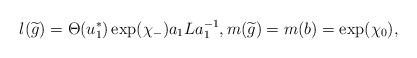
LaTeX: \begin{align*}l(\widetilde g)=\Theta(u_1^*)\exp(\chi_-)a_1L a_1^{-1},m(\widetilde g)=m(b)=\exp(\chi_0),\end{align*}